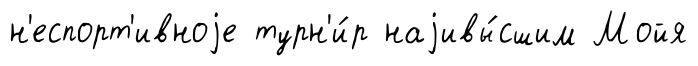
н'еспорт'ивноjе турн'и́р наjивы́сшим Мойя